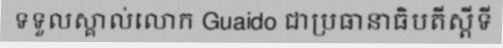
ទទួលស្គាល់លោក Guaido ជាប្រធានាធិបតីស្តីទី